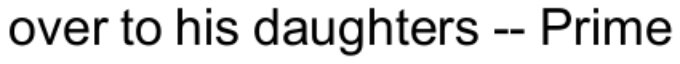
over to his daughters -- Prime